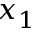
x _ { 1 }